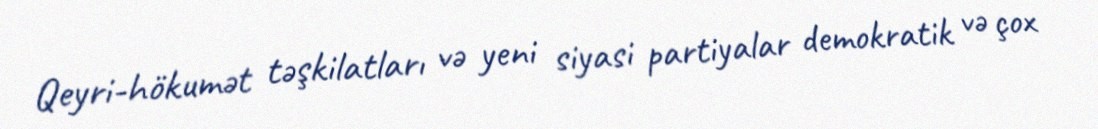
Qeyri-hökumət təşkilatları və yeni siyasi partiyalar demokratik və çox